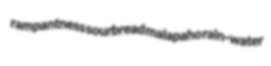
rampantness sourbread malapaho rain-water